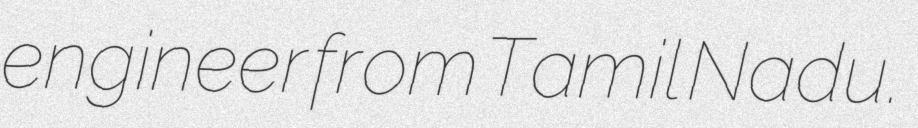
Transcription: engineer from Tamil Nadu.